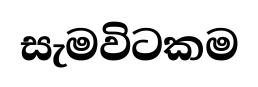
සැමවිටකම